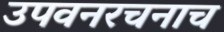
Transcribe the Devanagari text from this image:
उपवनरचनाच